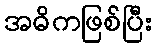
အဓိကဖြစ်ပြီး